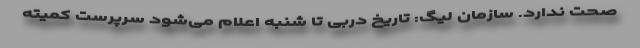
صحت ندارد. سازمان لیگ: تاریخ دربی تا شنبه اعلام می‌شود سرپرست کمیته